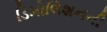
ડિમોલિશનની